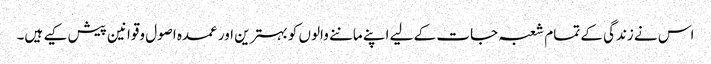
اس نے زندگی کے تمام شعبہ جات کے لیے اپنے ماننے والوں کو بہترین اور عمدہ اصول وقوانین پیش کیے ہیں۔